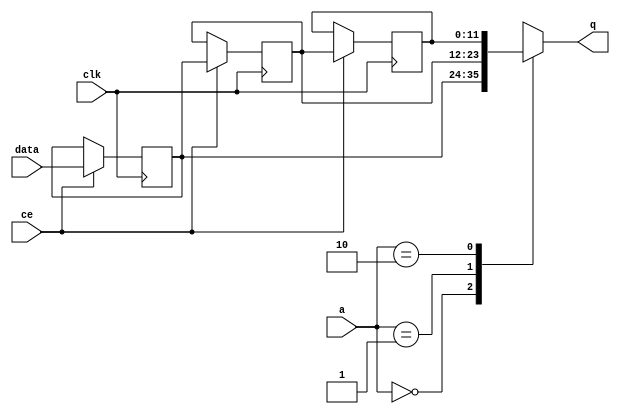
module FIFO_image_filter_img_0_cols_V_channel1_shiftReg (
    clk,
    data,
    ce,
    a,
    q);
parameter DATA_WIDTH = 32'd12;
parameter ADDR_WIDTH = 32'd2;
parameter DEPTH = 32'd3;
input clk;
input [DATA_WIDTH-1:0] data;
input ce;
input [ADDR_WIDTH-1:0] a;
output [DATA_WIDTH-1:0] q;
reg[DATA_WIDTH-1:0] SRL_SIG [0:DEPTH-1];
integer i;
always @ (posedge clk)
    begin
        if (ce)
        begin
            for (i=0;i<DEPTH-1;i=i+1)
                SRL_SIG[i+1] <= SRL_SIG[i];
            SRL_SIG[0] <= data;
        end
    end
assign q = SRL_SIG[a];
endmodule